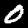
Digit: 0